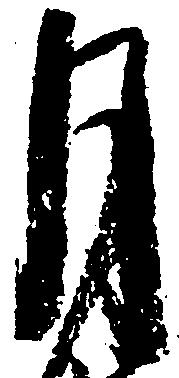
月